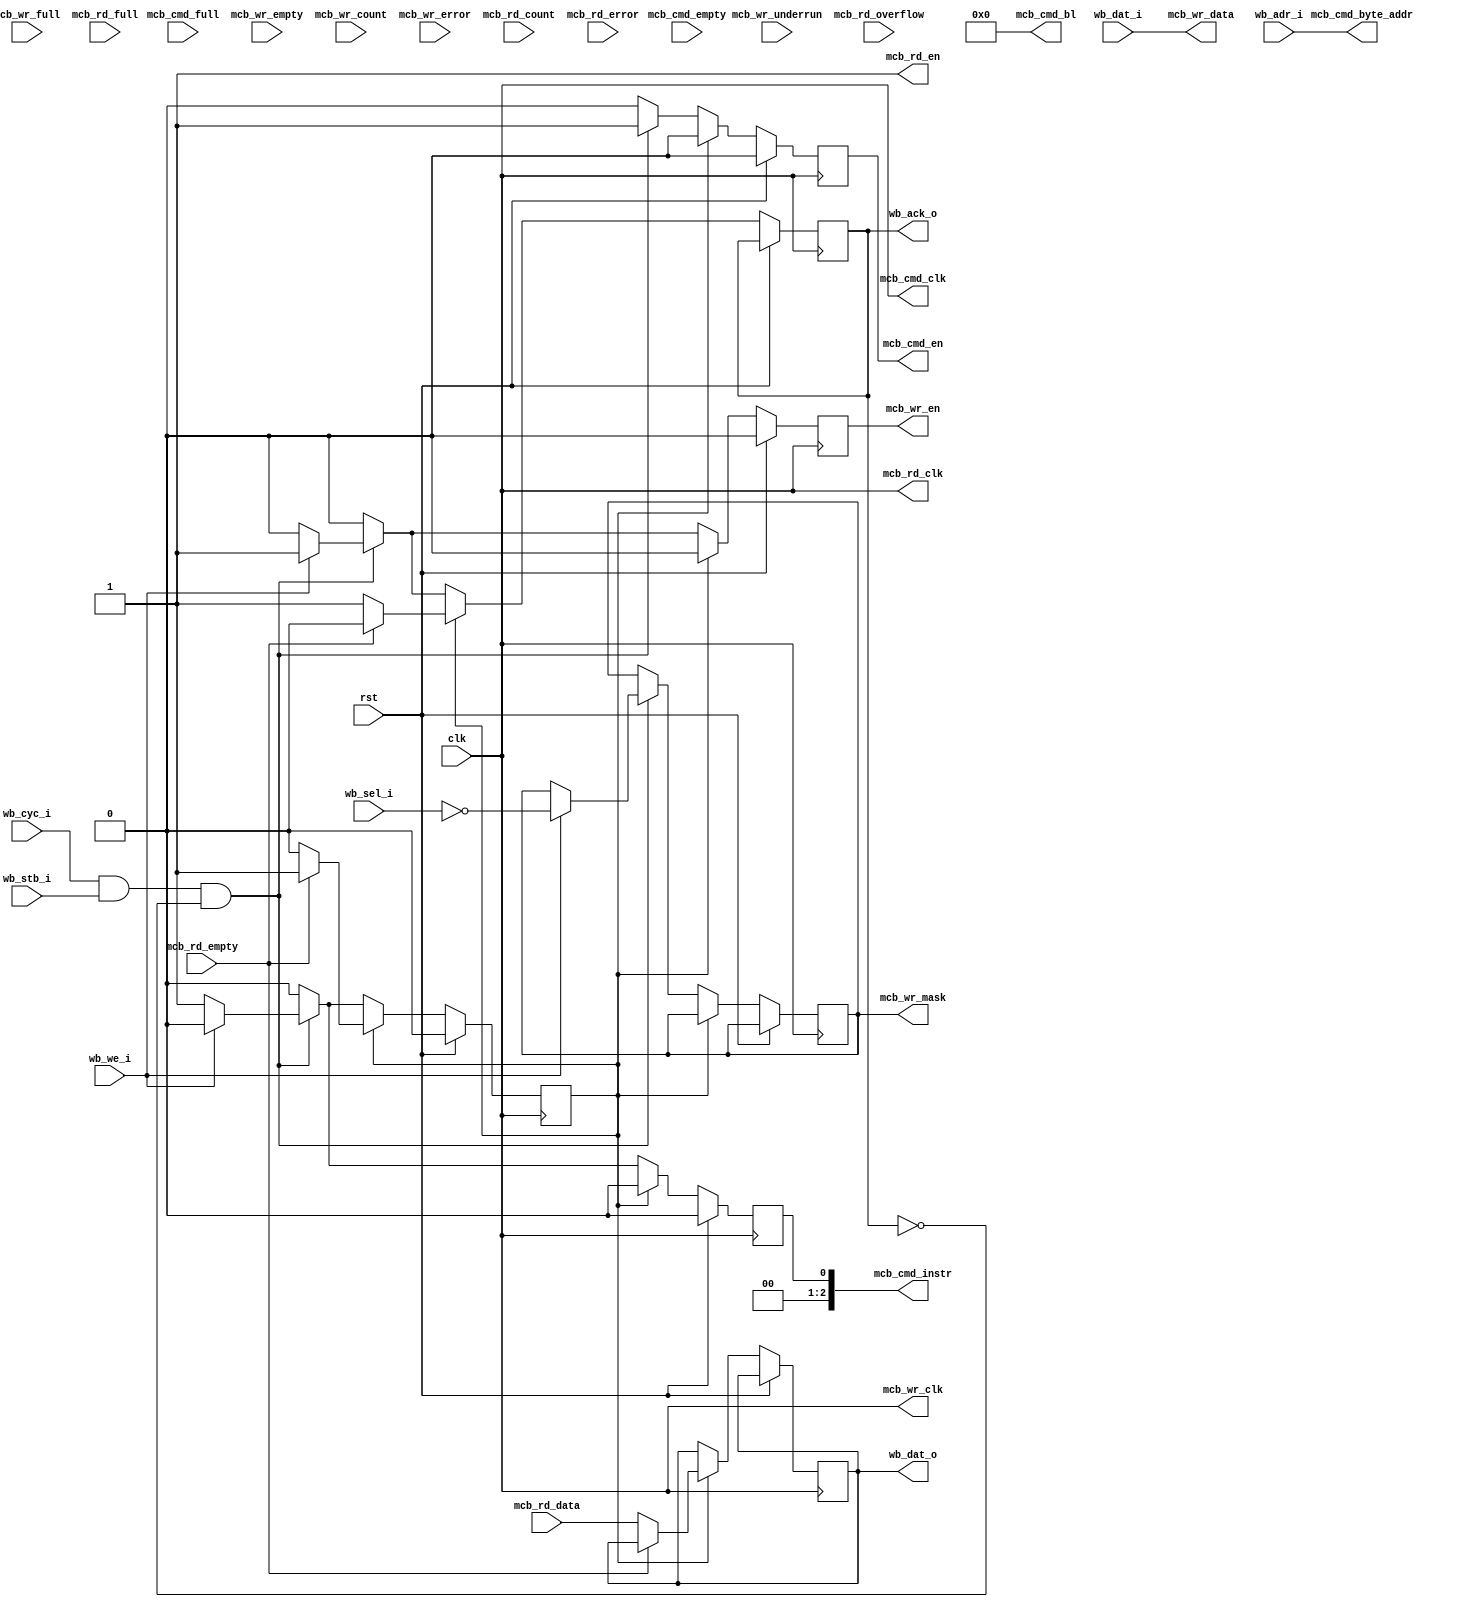
module wb_mcb_32
(
    input  wire        clk,
    input  wire        rst,

    /*
     * Wishbone interface
     */
    input  wire [31:0] wb_adr_i,     // ADR_I() address input
    input  wire [31:0] wb_dat_i,     // DAT_I() data in
    output wire [31:0] wb_dat_o,     // DAT_O() data out
    input  wire        wb_we_i,      // WE_I write enable input
    input  wire [3:0]  wb_sel_i,     // SEL_I() select input
    input  wire        wb_stb_i,     // STB_I strobe input
    output wire        wb_ack_o,     // ACK_O acknowledge output
    input  wire        wb_cyc_i,     // CYC_I cycle input

    /*
     * MCB interface
     */
    output wire        mcb_cmd_clk,
    output wire        mcb_cmd_en,
    output wire [2:0]  mcb_cmd_instr,
    output wire [5:0]  mcb_cmd_bl,
    output wire [31:0] mcb_cmd_byte_addr,
    input  wire        mcb_cmd_empty,
    input  wire        mcb_cmd_full,
    output wire        mcb_wr_clk,
    output wire        mcb_wr_en,
    output wire [3:0]  mcb_wr_mask,
    output wire [31:0] mcb_wr_data,
    input  wire        mcb_wr_empty,
    input  wire        mcb_wr_full,
    input  wire        mcb_wr_underrun,
    input  wire [6:0]  mcb_wr_count,
    input  wire        mcb_wr_error,
    output wire        mcb_rd_clk,
    output wire        mcb_rd_en,
    input  wire [31:0] mcb_rd_data,
    input  wire        mcb_rd_empty,
    input  wire        mcb_rd_full,
    input  wire        mcb_rd_overflow,
    input  wire [6:0]  mcb_rd_count,
    input  wire        mcb_rd_error
);

reg cycle_reg = 0;

reg [31:0] wb_dat_reg = 0;
reg wb_ack_reg = 0;

reg mcb_cmd_en_reg = 0;
reg mcb_cmd_instr_reg = 0;
reg mcb_wr_en_reg = 0;
reg [3:0] mcb_wr_mask_reg = 0;

assign wb_dat_o = wb_dat_reg;
assign wb_ack_o = wb_ack_reg;

assign mcb_cmd_clk = clk;
assign mcb_cmd_en = mcb_cmd_en_reg;
assign mcb_cmd_instr = mcb_cmd_instr_reg;
assign mcb_cmd_bl = 0;
assign mcb_cmd_byte_addr = wb_adr_i;
assign mcb_wr_clk = clk;
assign mcb_wr_en = mcb_wr_en_reg;
assign mcb_wr_mask = mcb_wr_mask_reg;
assign mcb_wr_data = wb_dat_i;
assign mcb_rd_clk = clk;
assign mcb_rd_en = 1;

always @(posedge clk) begin
    if (rst) begin
        cycle_reg <= 0;
        mcb_cmd_en_reg <= 0;
        mcb_cmd_instr_reg <= 0;
        mcb_wr_en_reg <= 0;
    end else begin
        wb_ack_reg <= 0;
        mcb_cmd_en_reg <= 0;
        mcb_cmd_instr_reg <= 0;
        mcb_wr_en_reg <= 0;

        if (cycle_reg) begin
            if (~mcb_rd_empty) begin
                cycle_reg <= 0;
                wb_dat_reg <= mcb_rd_data;
                wb_ack_reg <= 1;
            end
        end else if (wb_cyc_i & wb_stb_i & ~wb_ack_o) begin
            if (wb_we_i) begin
                mcb_cmd_instr_reg <= 3'b000;
                mcb_cmd_en_reg <= 1;
                mcb_wr_en_reg <= 1;
                mcb_wr_mask_reg <= ~wb_sel_i;
                wb_ack_reg <= 1;
            end else begin
                mcb_cmd_instr_reg <= 3'b001;
                mcb_cmd_en_reg <= 1;
                cycle_reg <= 1;
            end
        end
    end
end

endmodule